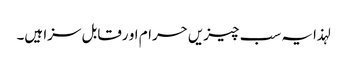
لہذا یہ سب چیزیں حرام او رقابل سزا ہیں۔